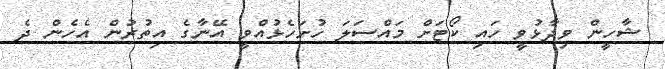
ޝާހީން ވިދާޅުވީ ހައި ކޯޓަށް މައްސަލަ ހުށަހެޅުއްވީ އޭނާގެ އިތުރުން އެހެން ދެ